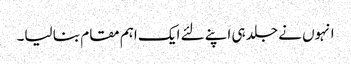
انہوں نے جلد ہی اپنے لئے ایک اہم مقام بنا لیا۔